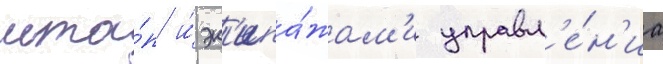
мта́п и́ эк'ипа́жам'и управл'е́н'иа